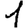
Digit: 1